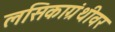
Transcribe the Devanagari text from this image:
लसिकाग्रंथीवर